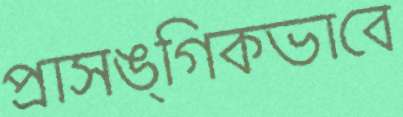
প্রাসঙ্গিকভাবে